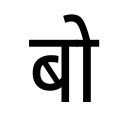
OCR:
बो